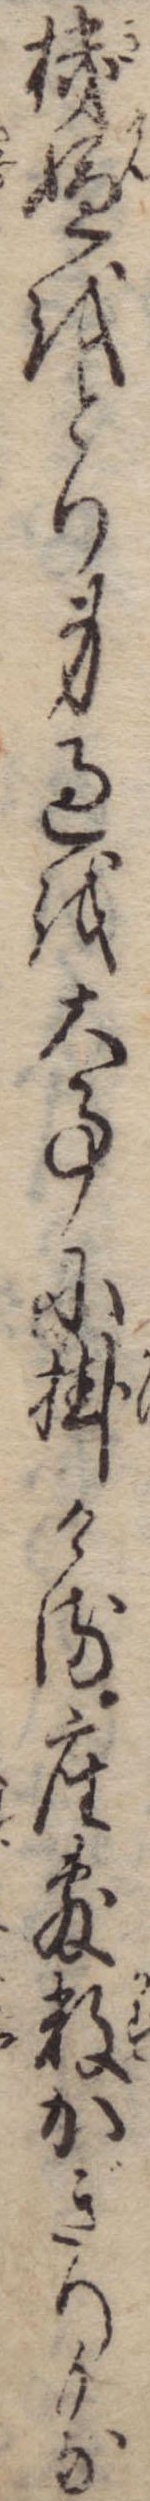
機嫌をとり身過を大事に掛ける座敷数かぎりもな